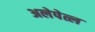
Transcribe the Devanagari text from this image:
अलेपेत्ल